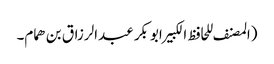
(المصنف للحافظ الکبیرابوبکر عبدالرزاق بن ھمام۔